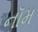
નૉમ